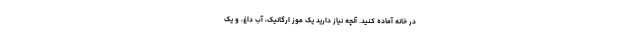
در خانه آماده کنید. آنچه نیاز دارید یک موز ارگانیک، آب داغ، و یک